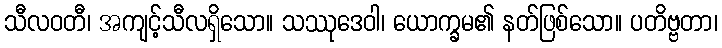
သီလဝတီ၊ အကျင့်သီလရှိသော။ သဿုဒေဝါ၊ ယောက္ခမ၏ နတ်ဖြစ်သော။ ပတိဗ္ဗတာ၊